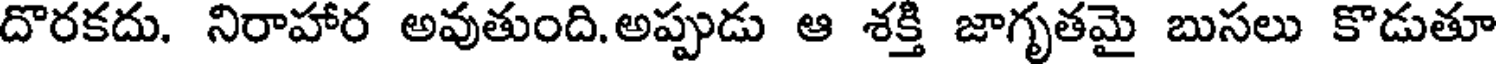
దొరకదు. నిరాహార అవుతుంది. అప్పుడు ఆ శక్తి జాగృతమై బుసలు కొడుతూ